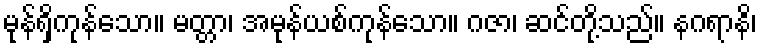
မုန်ရှိကုန်သော။ မတ္တာ၊ အမုန်ယစ်ကုန်သော။ ဂဇာ၊ ဆင်တို့သည်။ နဂရာနိ၊